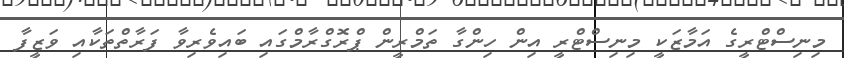
މިނިސްޓްރީގެ އަމާޒަކީ މިނިސްޓްރީ އިން ހިންގާ ތަމްރީން ޕްރޮގްރާމްގައި ބައިވެރިވާ ފަރާތްތަކާއި ވަޒީފާ